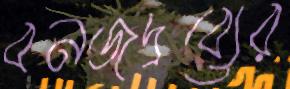
বনজদ্রব্যের